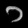
Digit: ၁